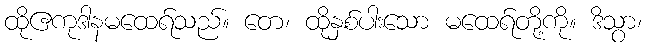
ထိုဧကုဒါနမထေရ်သည်။ တေ၊ ထိုနှစ်ပါးသော မထေရ်တို့ကို။ ဒိသွာ၊